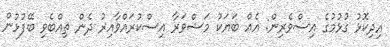
އިދިކޮޅު ގުޅުމުގެ އިސްވެރިން: އެއް ބަޔަކު މަޝްވަރާ އިސްކުރައްވާއިރު ދެން ތިއްބެވި ބޭފުޅުން